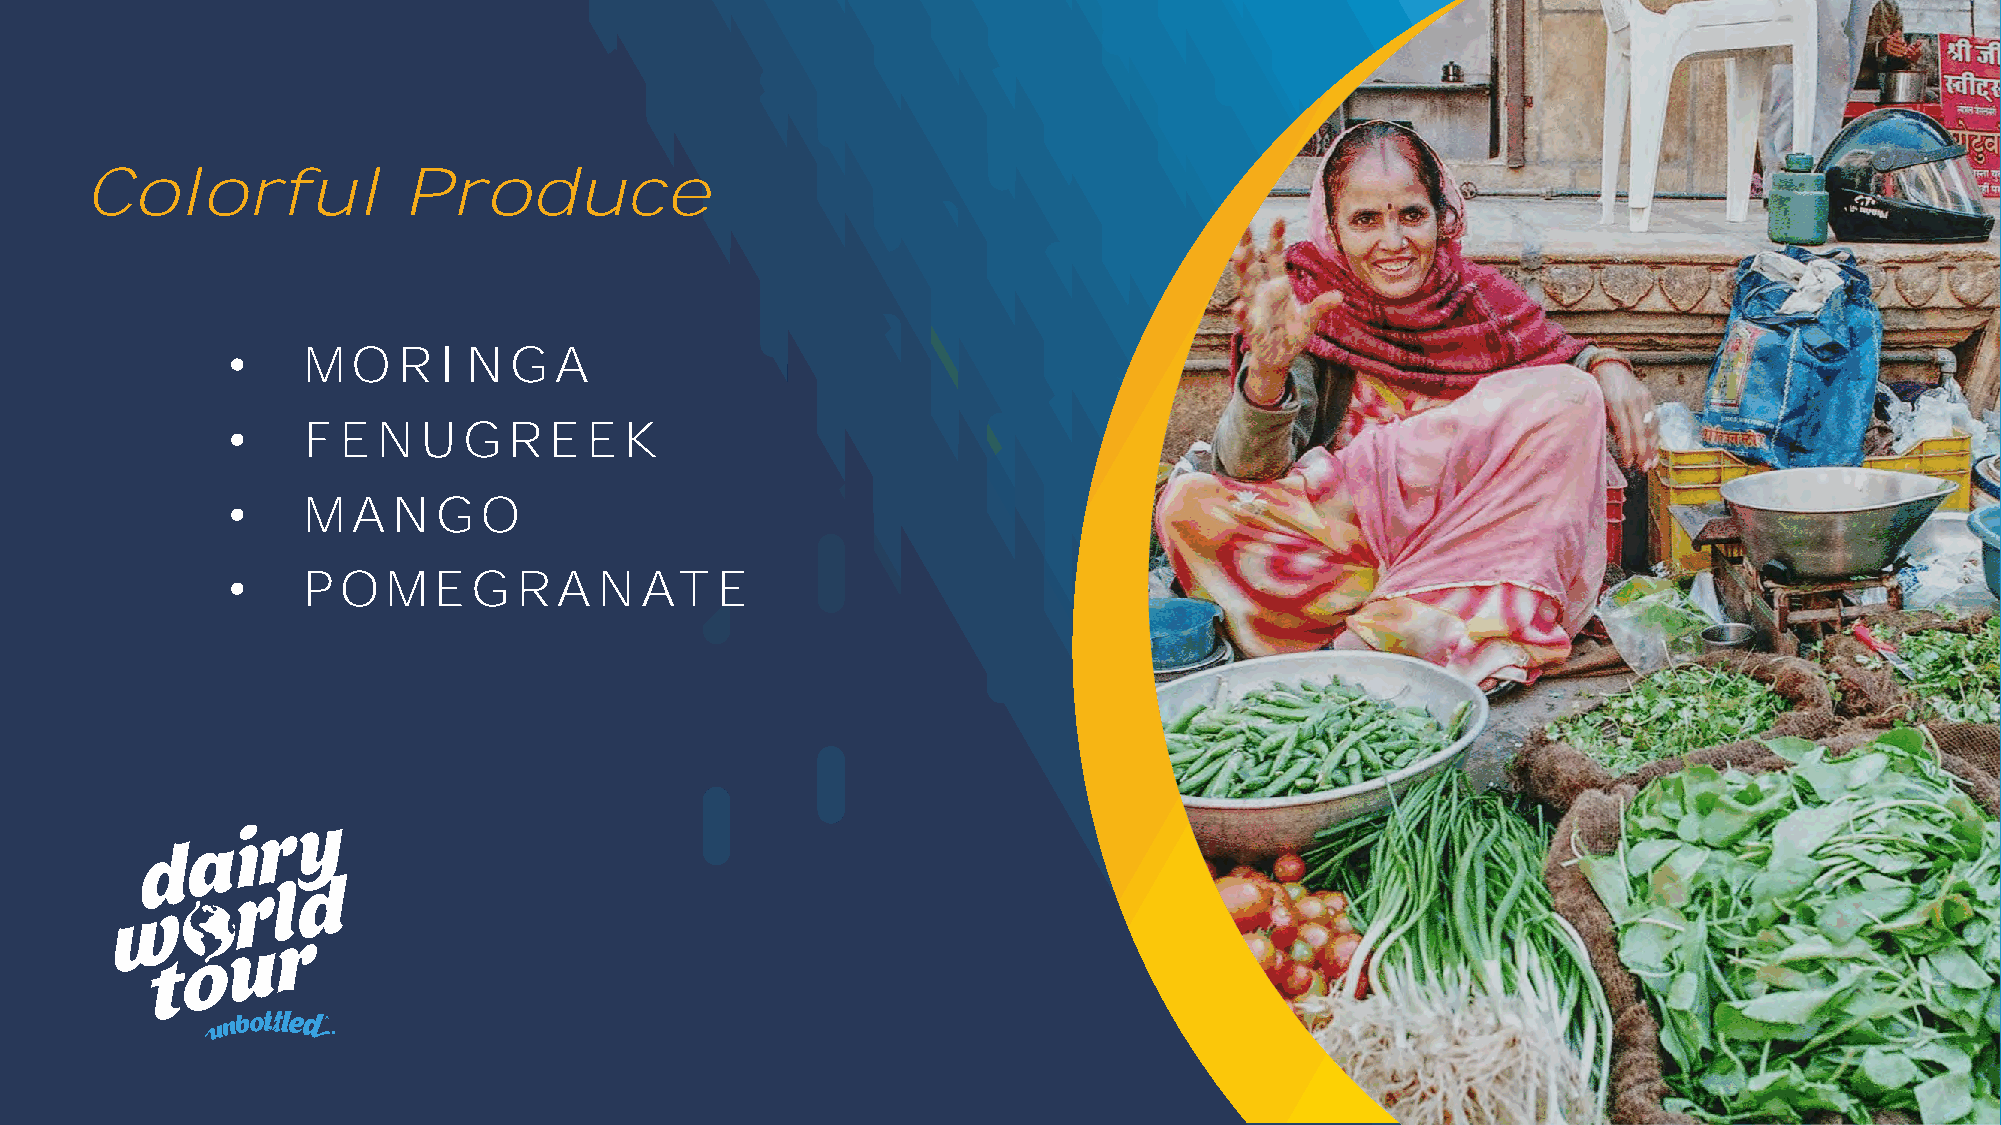
Colorful             Produce
 •    MO    RI   N  GA
 •    F EN    UGREEK
 •    MA    N  GO
 •    P O   MEGRA         N AT   E